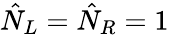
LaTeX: \hat{N}_{L}=\hat{N}_{R}=1